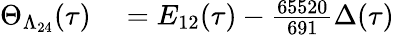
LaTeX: \begin{array}{rl}{\Theta_{\Lambda_{24}}(\tau)}&{{}=E_{12}(\tau)-{\frac{65520}{691}}\Delta(\tau)}\end{array}